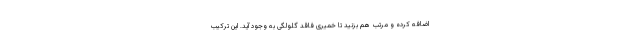
اضافه کرده و مرتب هم بزنید تا خمیری فاقد گلولگی به وجود آید. این ترکیب